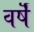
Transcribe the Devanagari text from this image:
वर्षॆं